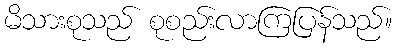
မိသားစုသည် စုစည်းလာကြပြန်သည်။